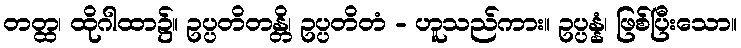
တတ္ထ၊ ထိုဂါထာ၌။ ဥပ္ပတိတန္တိ၊ ဥပ္ပတိတံ - ဟူသည်ကား။ ဥပ္ပန္နံ၊ ဖြစ်ပြီးသော။